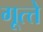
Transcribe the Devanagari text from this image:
गूत्त्ते